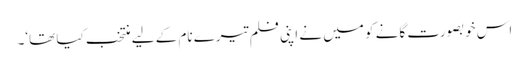
اس خوبصورت گانے کو میں نے اپنی فلم تیرے نام کے لیے منتخب کیا تھا‘۔